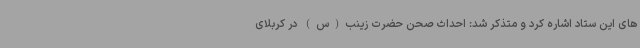
های این ستاد اشاره کرد و متذکر شد: احداث صحن حضرت زینب(س) در کربلای